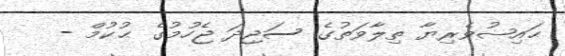
ޙައިޟުވެރިޔާ ތިލާވަތުގެ ސަޖިދަ ޖެހުމުގެ ޙުކުމް -